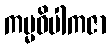
ကမ္မဝိပါကဇာ